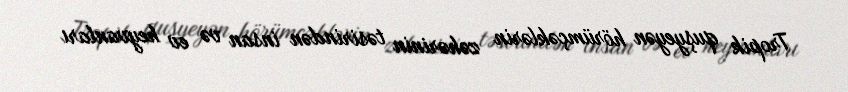
Tropik quşyeyən hörümçəklərin zəhərinin təsirindən insan və ev heyvanları